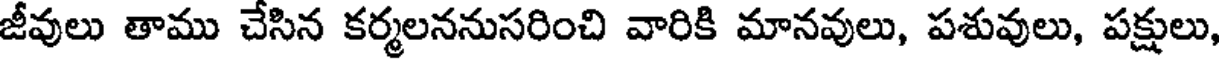
జీవులు తాము చేసిన కర్మలననుసరించి వారికి మానవులు, పశువులు, పక్షులు,